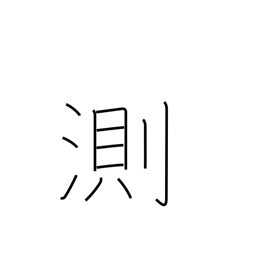
Meaning: fathom